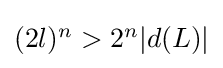
{\textstyle (2l)^{n}>2^{n}|d(L)|}